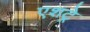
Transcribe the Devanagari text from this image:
एशट्रे